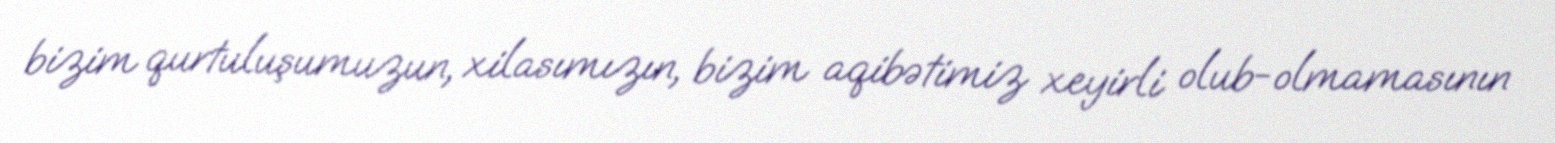
bizim qurtuluşumuzun, xilasımızın, bizim aqibətimiz xeyirli olub-olmamasının